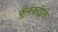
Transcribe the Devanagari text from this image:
फ़्रैनकॉइस